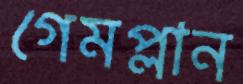
গেমপ্লান